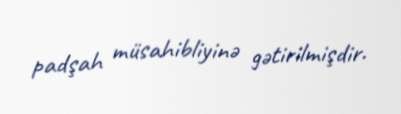
padşah müsahibliyinə gətirilmişdir.